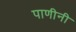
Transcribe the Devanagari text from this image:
पाणीनी